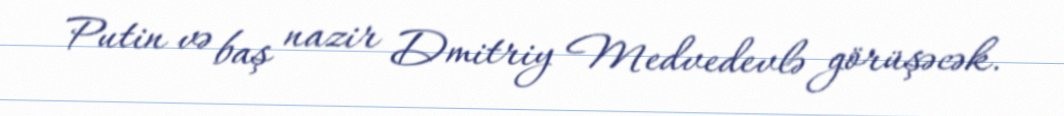
Putin və baş nazir Dmitriy Medvedevlə görüşəcək.